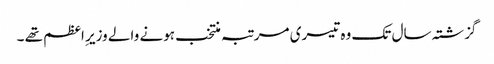
گزشتہ سال تک وہ تیسری مرتبہ منتخب ہونے والے وزیر ِاعظم تھے ۔